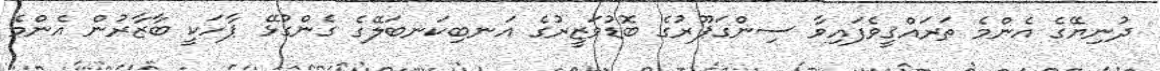
ދުނިޔޭގެ އެންމެ ތަރައްޤީވެފައިވާ ސިންގަޕޫރުގެ ބޮޑުވަޒީރުގެ އަނބިކަނބަލޭގެ ގެންގުޅޭ ޕާހަކީ ބާޒާރުން އެންމެ